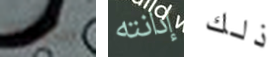
سابقه إدانته ذلك